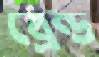
ব্রেন্ড